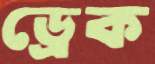
ড্রেক